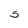
Character: 5